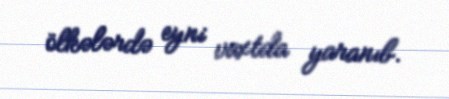
ölkələrdə eyni vaxtda yaranıb.